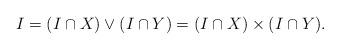
LaTeX: \begin{align*}I=(I\cap X)\vee(I\cap Y)=(I\cap X)\times(I\cap Y).\end{align*}